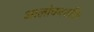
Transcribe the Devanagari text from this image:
आलोचनशक्ति